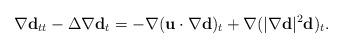
LaTeX: \begin{align*}\nabla \mathbf{d}_{tt}-\Delta\nabla \mathbf{d}_{t} =-\nabla (\mathbf{u}\cdot \nabla \mathbf{d})_{t}+\nabla (|\nabla \mathbf{d}|^{2}\mathbf{d})_{t}.\end{align*}